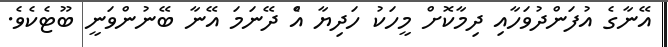
އޭނާގެ އުފަންދުވަހާއި ދިމާކޮށް މީހަކު ހަދިޔާ އެް ދޭނަމަ އޭނާ ބޭނުންވަނީ ބޫޓެކެވެ.